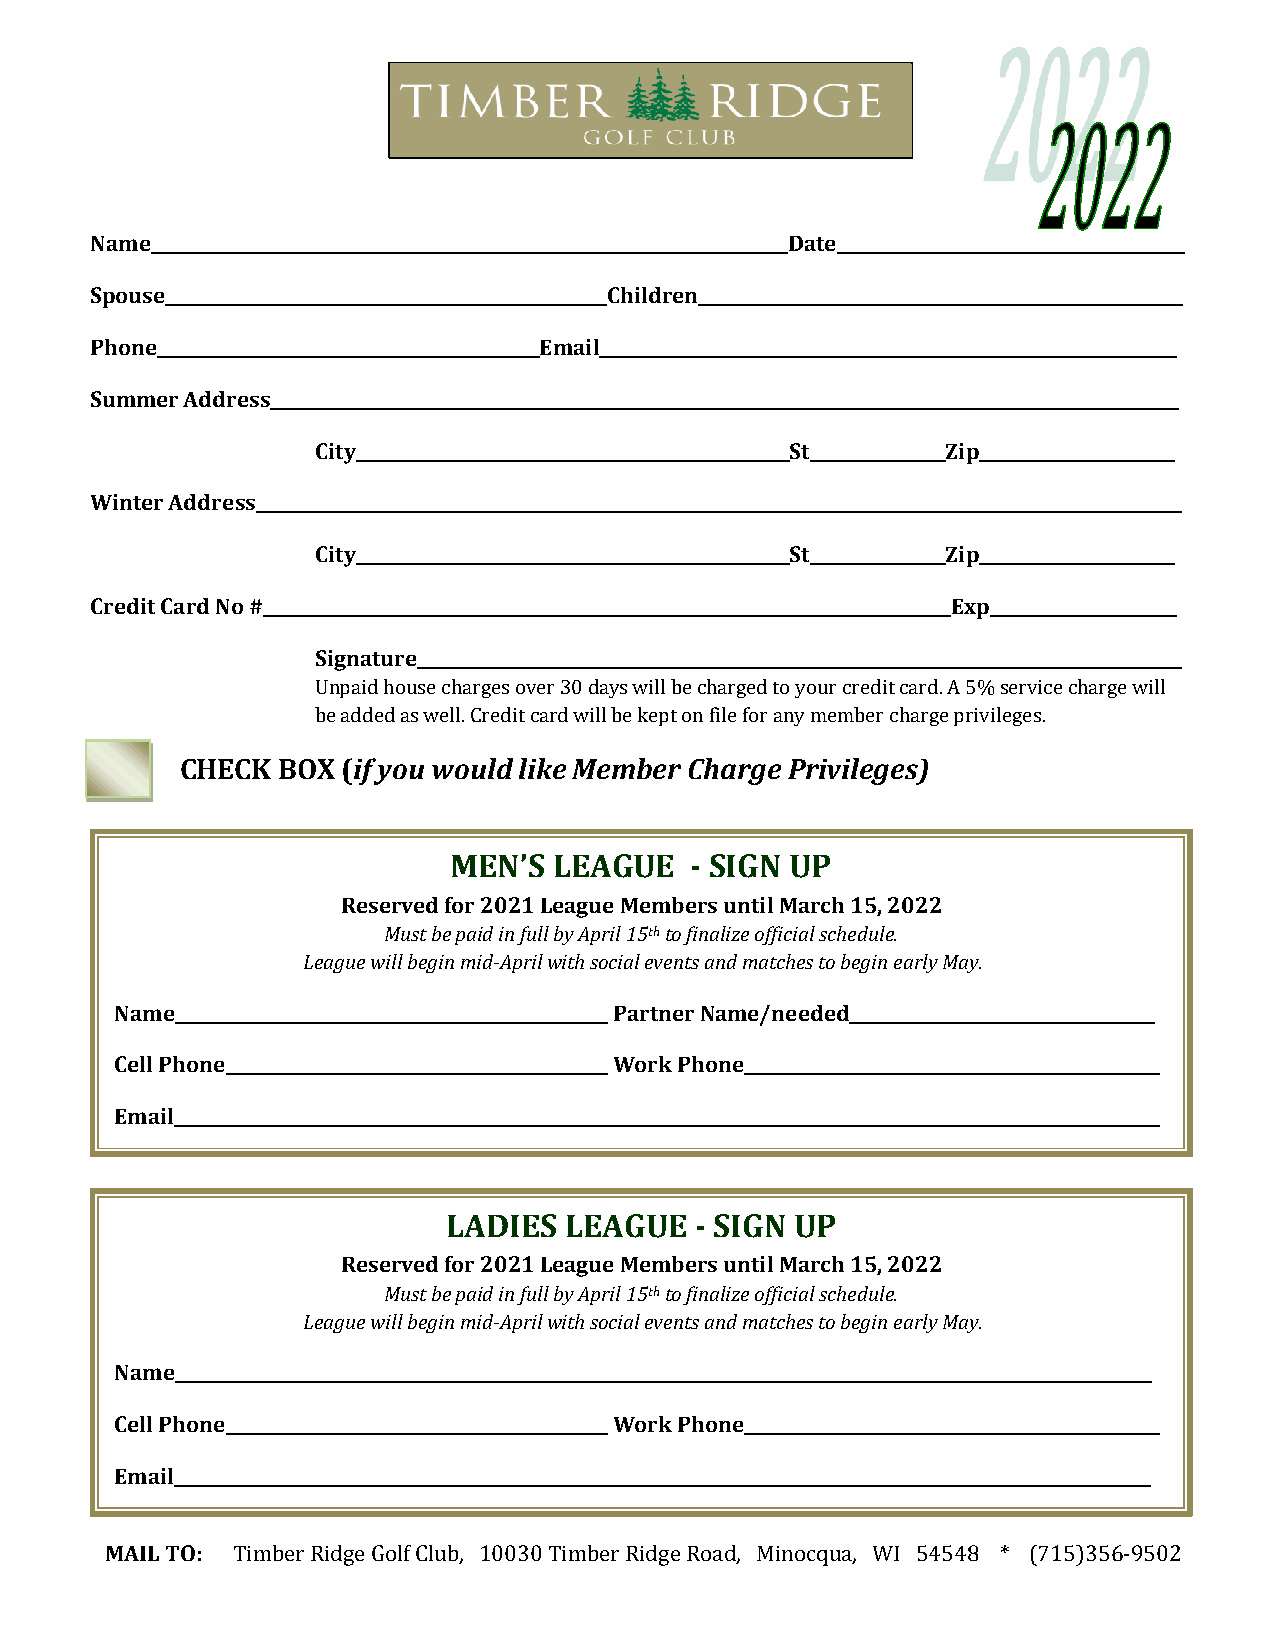
Name___________________________________________________________________________Date_________________________________________
 Spouse____________________________________________________Children_________________________________________________________
 Phone_____________________________________________Email____________________________________________________________________
 Summer Address___________________________________________________________________________________________________________
 City___________________________________________________St________________Zip_______________________
 Winter Address_____________________________________________________________________________________________________________
 City___________________________________________________St________________Zip_______________________
 Credit Card No #_________________________________________________________________________________Exp______________________
 Signature__________________________________________________________________________________________
 Unpaid house charges over 30 days will be charged to your credit card. A 5% service charge will
 be added as well. Credit card will be kept on file for any member charge privileges.
 CHECK BOX  (if you would like Member Charge Privileges)
 MEN’S  LEAGUE   - SIGN UP
 Reserved for 2021 League Members until March 15, 2022
 Must be paid in full by April 15th to finalize official schedule.
 League will begin mid-April with social events and matches to begin early May.
 Name___________________________________________________ Partner Name/needed____________________________________
 Cell Phone_____________________________________________ Work Phone_________________________________________________
 Email____________________________________________________________________________________________________________________
 LADIES LEAGUE   - SIGN UP
 Reserved for 2021 League Members until March 15, 2022
 Must be paid in full by April 15th to finalize official schedule.
 League will begin mid-April with social events and matches to begin early May.
 Name___________________________________________________________________________________________________________________
 Cell Phone_____________________________________________ Work Phone_________________________________________________
 Email___________________________________________________________________________________________________________________
 MAIL TO: Timber Ridge Golf Club, 10030 Timber Ridge Road, Minocqua, WI 54548 * (715)356-9502